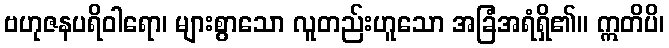
ဗဟုဇနပရိဝါရော၊ များစွာသော လူတည်းဟူသော အခြံအရံရှိ၏။ ဣတိပိ၊